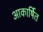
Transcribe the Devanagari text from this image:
आकार्षित